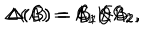
LaTeX: \Delta ( A ) = A _ { 1 } K A _ { 2 } , \hspace { 7 m m } \Delta ( B ) = B _ { 1 } E B _ { 2 } , \hspace { 7 m m } \Delta ( C ) = C _ { 1 } Q C _ { 2 }